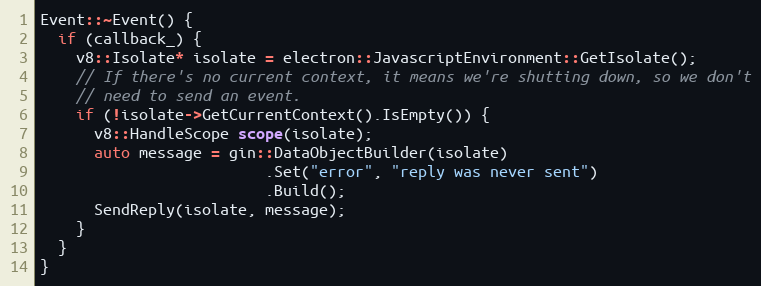
Language: C++
Event::~Event() {
  if (callback_) {
    v8::Isolate* isolate = electron::JavascriptEnvironment::GetIsolate();
    // If there's no current context, it means we're shutting down, so we don't
    // need to send an event.
    if (!isolate->GetCurrentContext().IsEmpty()) {
      v8::HandleScope scope(isolate);
      auto message = gin::DataObjectBuilder(isolate)
                         .Set("error", "reply was never sent")
                         .Build();
      SendReply(isolate, message);
    }
  }
}